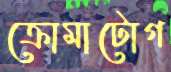
ক্রোমাটোগ